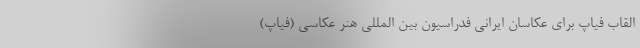
القاب فیاپ برای عکاسان ایرانی فدراسیون بین المللی هنر عکاسی (فیاپ)